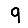
Digit: 9